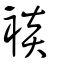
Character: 裧